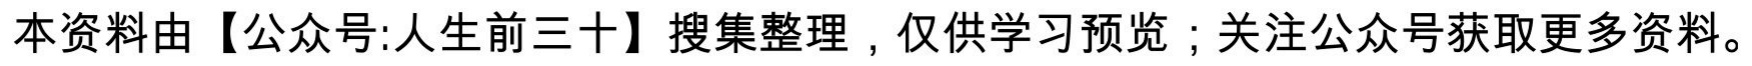
本资料由【公众号:人生前三十】搜集整理，仅供学习预览；关注公众号获取更多资料。